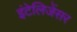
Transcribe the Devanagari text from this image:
इंटेलिजेंसर